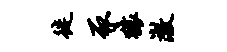
徙豕猿澈